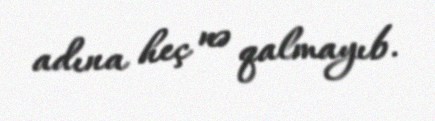
adına heç nə qalmayıb.